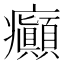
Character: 癲